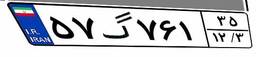
۵۳گ۲۰۴۹۷